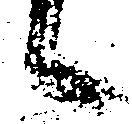
候